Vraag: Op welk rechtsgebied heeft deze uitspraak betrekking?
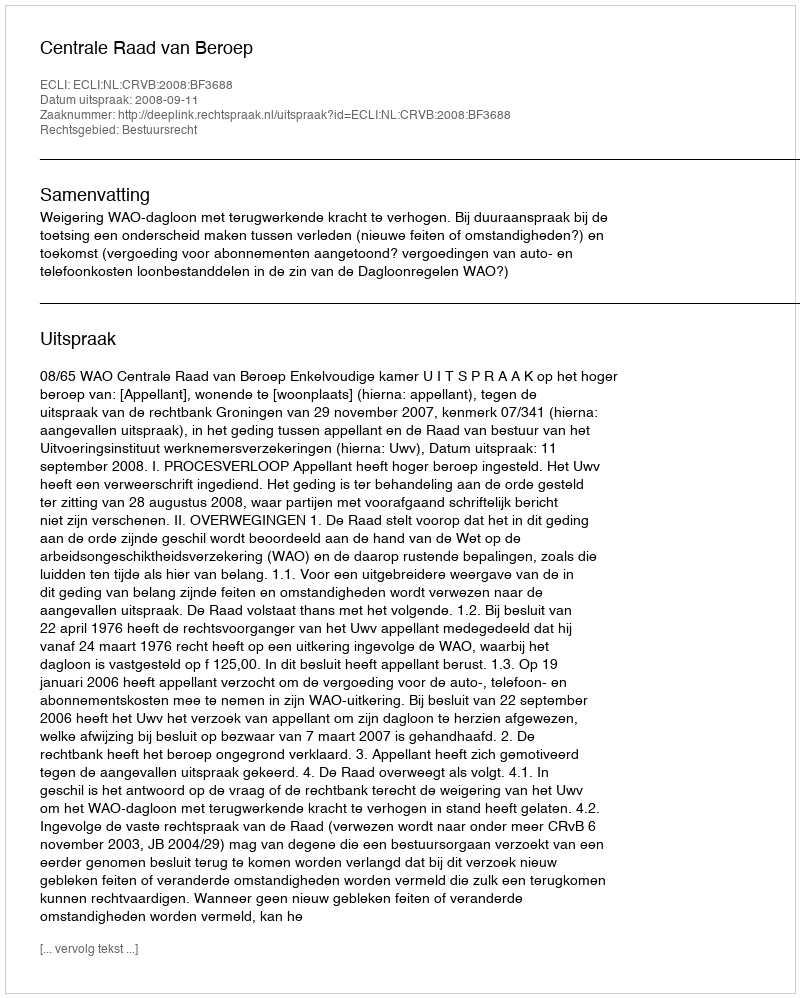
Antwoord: Bestuursrecht